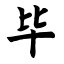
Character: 毕